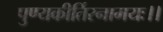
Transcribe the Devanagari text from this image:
पुण्यकीर्तिरनामयः।।